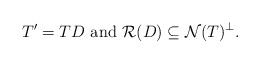
\begin{align*}T^\prime=TD\ \mbox{and}\ {\mathcal R}(D)\subseteq {\mathcal N}(T)^\bot.\end{align*}